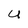
Character: U